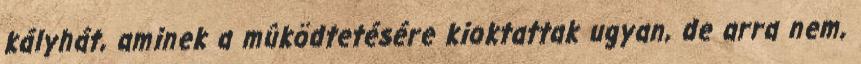
kályhát, aminek a mûködtetésére kioktattak ugyan, de arra nem,